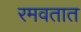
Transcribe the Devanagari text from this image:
रमवतात